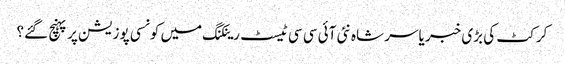
کرکٹ کی بڑی خبر یاسر شاہ نئی آئی سی سی ٹیسٹ رینکنگ میں کونسی پوزیشن پر پہنچ گئے؟